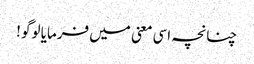
چنانچہ اسی معنی میں فرمایا لوگو !